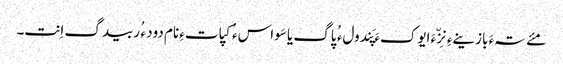
مئے تہءَ بازینےءِ نِزّءَ ایوکءَ پَندولء ُ پاگ یا سَواسء ُ کپاتءِ نام دود ء ُ ربیدگ اِنت۔